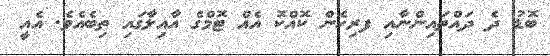
ބޮޑު ދެ ދައްތައިންނާއި ފރިހެން ކޮއްކޮ އެއް ޓޮމްގެ އާއިލާގައި ތިބެއެވެ. އެއީ